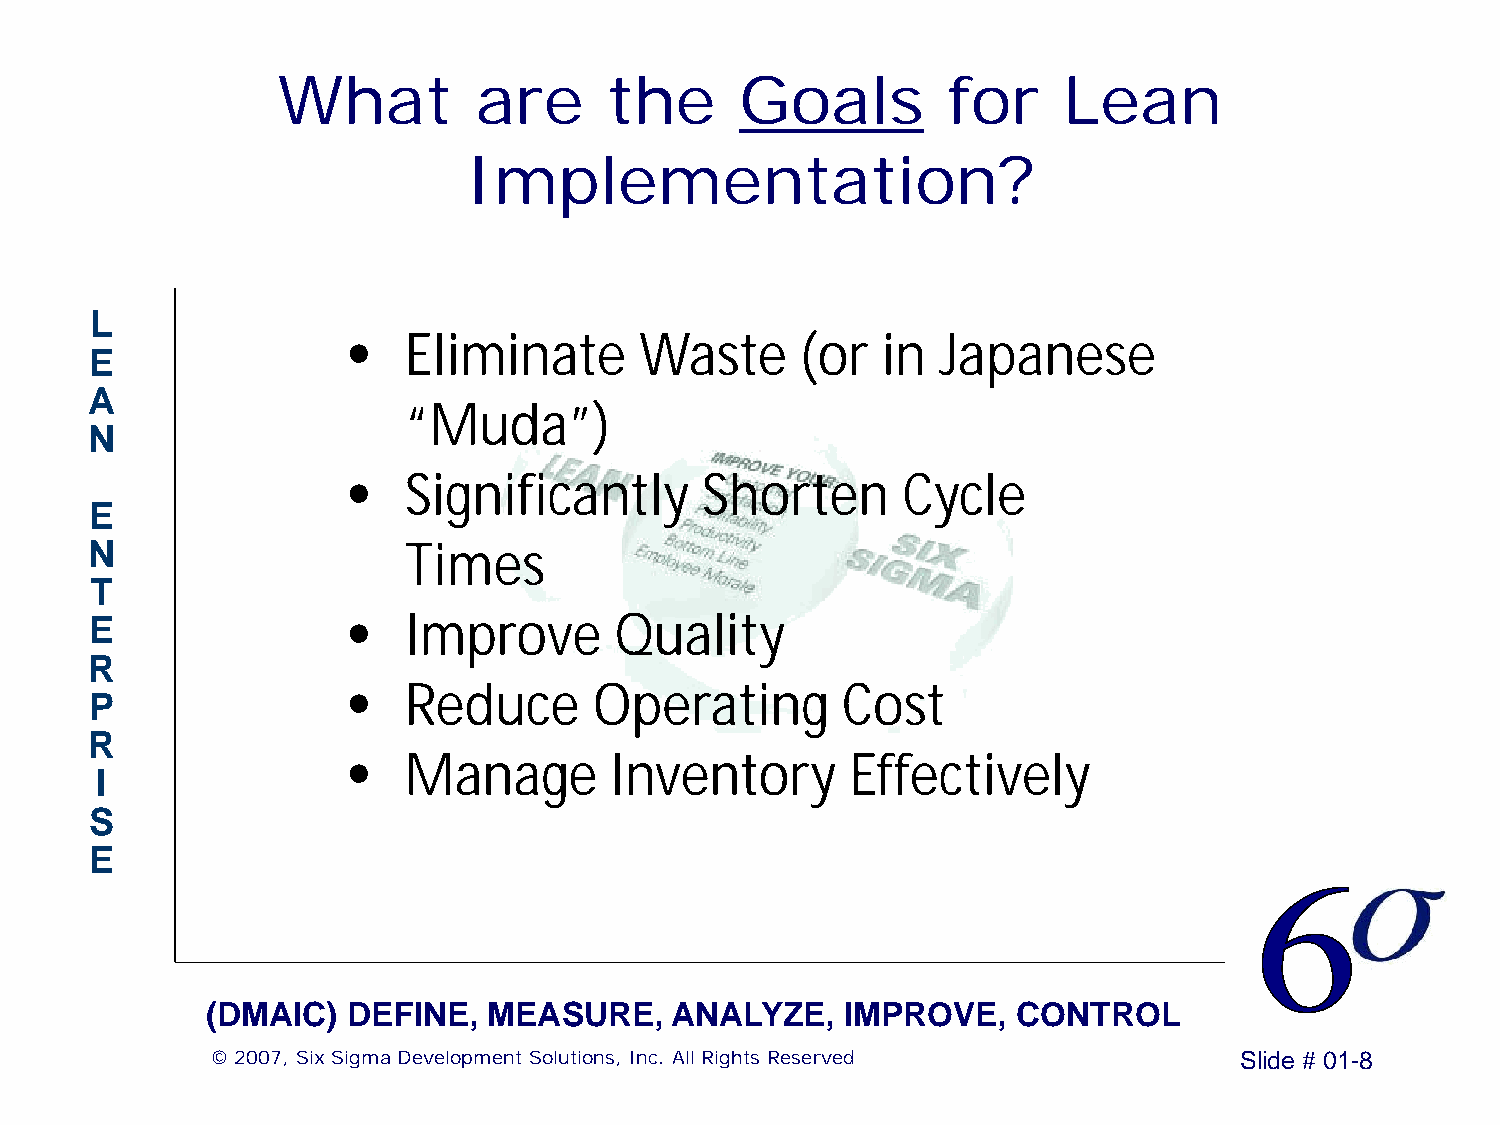
What         are      the      Goals         for    Lean
 Implementation?
 L
 •   Eliminate      Waste      (or  in  Japanese
 E
 A
 “Muda”)
 N
 •   Significantly      Shorten       Cycle
 E
 N                    Times
 T
 E                •   Improve       Quality
 R
 •   Reduce      Operating        Cost
 P
 R
 •   Manage       Inventory       Effectively
 I
 S
 E
 (DMAIC)  DEFINE,  MEASURE,    ANALYZE,    IMPROVE,   CONTROL
 © 2007, Six Sigma Development Solutions, Inc. All Rights Reserved   Slide # 01-8